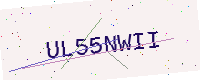
Text: UL55NWII